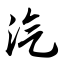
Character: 汽